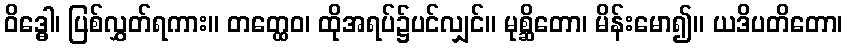
ဝိဒ္ဓေါ၊ ပြစ်လွှတ်ရကား။ တတ္ထေဝ၊ ထိုအရပ်၌ပင်လျှင်။ မုစ္ဆိတော၊ မိန်းမော၍။ ယဒိပတိတော၊